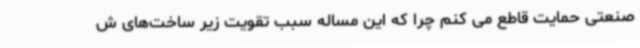
صنعتی حمایت قاطع می کنم چرا که این مساله سبب تقویت زیر ساخت‌های ش